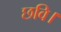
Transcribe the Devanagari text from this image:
छवि।